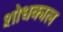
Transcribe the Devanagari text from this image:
शोधकाल